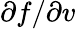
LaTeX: \partial f/\partial v